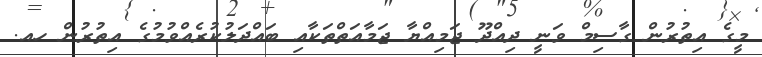
މީގެ އިތުރުން ގާސިމް ވަނީ ދިއްދޫ ޖަމިއްޔާ ޖަމާއަތްތަކާއި ބައްދަލުކުރެއްވުމުގެ އިތުރުން ހއ.